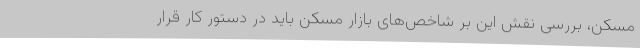
مسکن، بررسی نقش این بر شاخص‌های بازار مسکن باید در دستور کار قرار